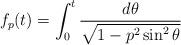
LaTeX: \begin{align*}f_p(t)=\int_{0}^t\frac{d\theta}{\sqrt{1-p^2\sin^2\theta}}\end{align*}